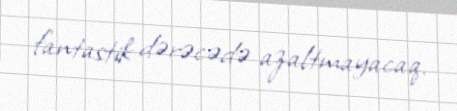
fantastik dərəcədə azaltmayacaq.